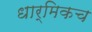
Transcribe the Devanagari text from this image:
धार्मिकच